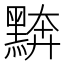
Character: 𪑖